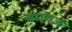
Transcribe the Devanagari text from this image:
ब्यागज